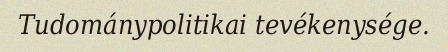
Tudománypolitikai tevékenysége.